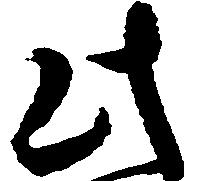
此